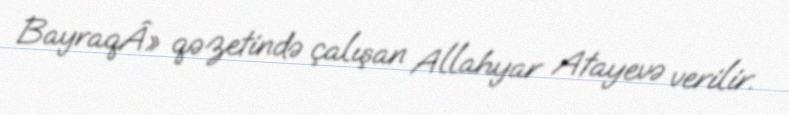
BayraqÂ» qəzetində çalışan Allahyar Atayevə verilir.